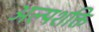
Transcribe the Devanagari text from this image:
अल्‍पशक्ति